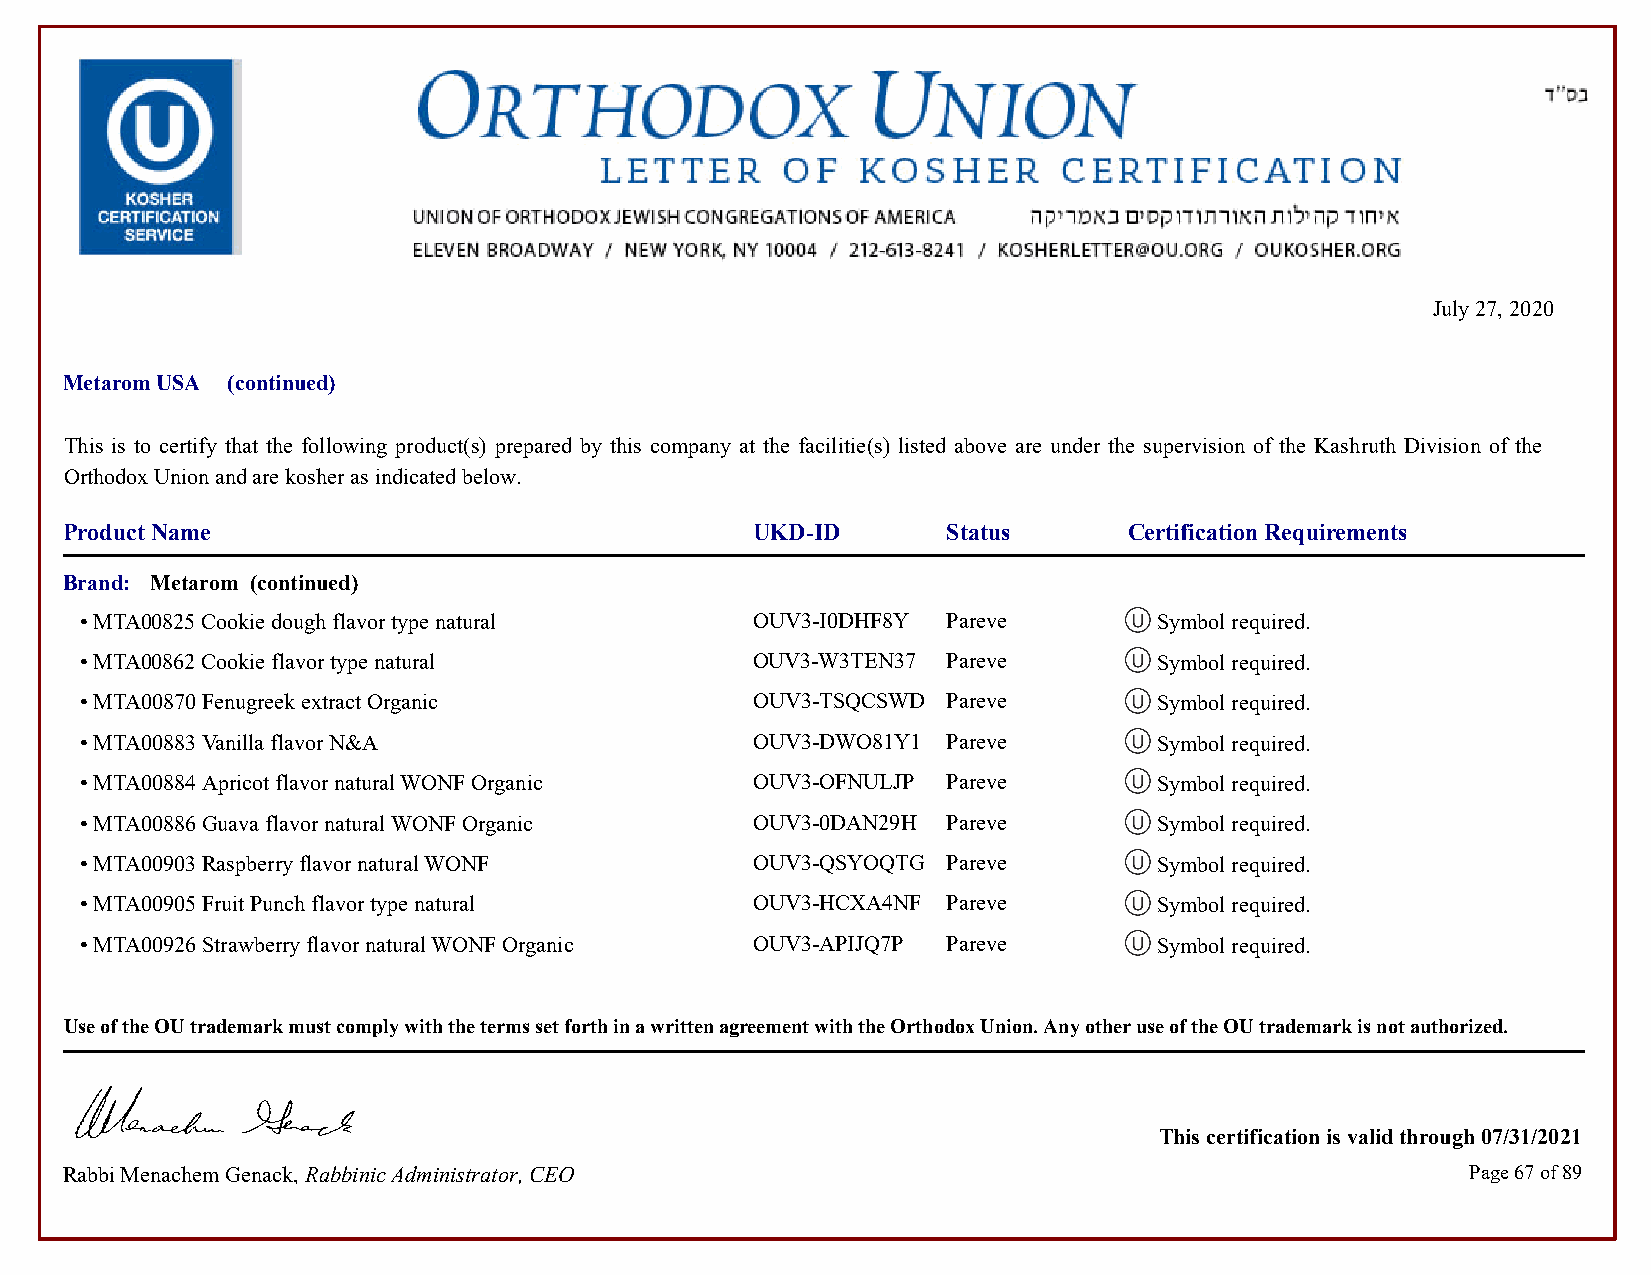
July 27, 2020
 Metarom USA (continued)
 This is to certify that the following product(s) prepared by this company at the facilitie(s) listed above are under the supervision of the Kashruth Division of the
 Orthodox Union and are kosher as indicated below.
 Product Name                                  UKD-ID       Status      Certification Requirements
 Brand: Metarom (continued)
 • MTA00825 Cookie dough flavor type natural  OUV3-I0DHF8Y Pareve        Symbol required.            Symbol required.
 • MTA00862 Cookie flavor type natural        OUV3-W3TEN37 Pareve        Symbol required.            Symbol required.
 • MTA00870 Fenugreek extract Organic         OUV3-TSQCSWD Pareve        Symbol required.            Symbol required.
 • MTA00883 Vanilla flavor N&A                OUV3-DWO81Y1 Pareve        Symbol required.            Symbol required.
 • MTA00884 Apricot flavor natural WONF Organic OUV3-OFNULJP Pareve      Symbol required.            Symbol required.
 • MTA00886 Guava flavor natural WONF Organic OUV3-0DAN29H Pareve        Symbol required.            Symbol required.
 • MTA00903 Raspberry flavor natural WONF     OUV3-QSYOQTG Pareve        Symbol required.            Symbol required.
 • MTA00905 Fruit Punch flavor type natural   OUV3-HCXA4NF Pareve        Symbol required.            Symbol required.
 • MTA00926 Strawberry flavor natural WONF Organic OUV3-APIJQ7P Pareve   Symbol required.            Symbol required.
 Use of the OU trademark must comply with the terms set forth in a written agreement with the Orthodox Union. Any other use of the OU trademark is not authorized.
 This certification is valid through 07/31/2021
 Rabbi Menachem Genack, Rabbinic Administrator, CEO                                           Page 67 of 89